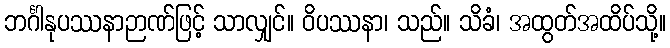
ဘင်္ဂါနုပဿနာဉာဏ်ဖြင့် သာလျှင်။ ဝိပဿနာ၊ သည်။ သိခံ၊ အထွတ်အထိပ်သို့။